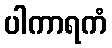
ပါကာရကံ